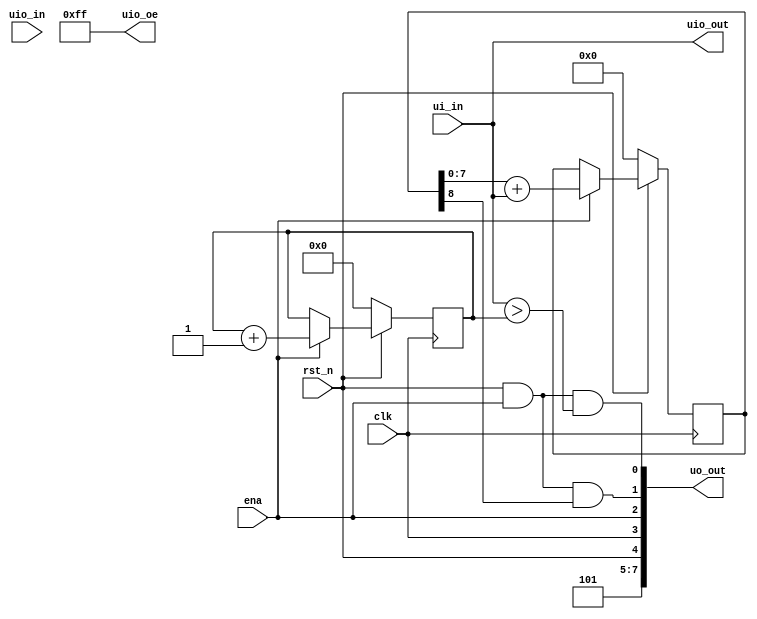
`default_nettype none
//`timescale 1ns / 1ps

module tt_um_yeokm1_pwm_audio #( parameter MAX_COUNT = 10_000_000 ) (
    input  wire [7:0] ui_in,    // Dedicated inputs
    output wire [7:0] uo_out,   // Dedicated outputs
    input  wire [7:0] uio_in,   // IOs: Input path
    output wire [7:0] uio_out,  // IOs: Output path
    output wire [7:0] uio_oe,   // IOs: Enable path (active high: 0=input, 1=output)
    input  wire       ena,      // will go high when the design is enabled
    input  wire       clk,      // clock
    input  wire       rst_n     // reset_n - low to reset
);

// Set bidir pins all to output mode
assign uio_oe = 8'hFF;

// Set input to bidir output
assign uio_out = ui_in;

reg [7:0] pwm_cnt;
reg [8:0] fsdm_accumulator;

always @(posedge clk) begin

    if(rst_n == 0) begin
        pwm_cnt <= 0;
        fsdm_accumulator <= 0;
    end else if (ena) begin
        pwm_cnt <= pwm_cnt + 1;
        fsdm_accumulator <= fsdm_accumulator[7:0] + ui_in;
    end

end

// Alternate numbering to show output is active
assign uo_out[7] = 1;
assign uo_out[6] = 0;
assign uo_out[5] = 1;

// Pipe some inputs to output for debugging
assign uo_out[4] = rst_n;
assign uo_out[3] = clk;
assign uo_out[2] = ena;

// Check rst_n and ena are activated first
assign uo_out[1] = rst_n && ena && fsdm_accumulator[8];
assign uo_out[0] = rst_n && ena && (ui_in > pwm_cnt);

// Sources
// Standard PWM
// https://www.fpga4fun.com/PWM_DAC_1.html

// First-order sigma-delta modulator
// https://www.fpga4fun.com/PWM_DAC_2.html

endmodule